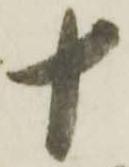
十